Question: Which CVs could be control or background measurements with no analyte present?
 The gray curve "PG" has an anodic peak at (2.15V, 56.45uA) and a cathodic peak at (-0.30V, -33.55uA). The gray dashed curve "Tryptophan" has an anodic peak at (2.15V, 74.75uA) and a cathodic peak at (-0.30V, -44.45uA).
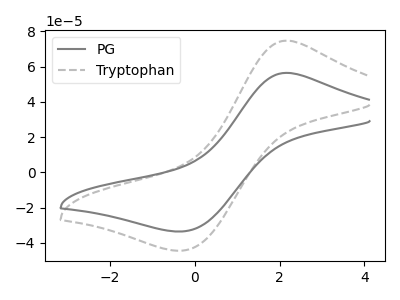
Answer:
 <answer>There are not any CV's on this graph that are likely to be blanks.</answer>
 <eval>none</eval>